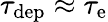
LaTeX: \tau_{\mathrm{dep}}\approx\tau_{\mathrm{e}}